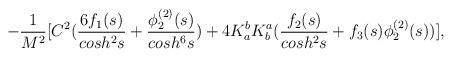
LaTeX: \begin{align*}\;\;\;\;\;\;- \frac{1}{M^2} [ C^2 (\frac{6 f_{1}(s)}{cosh^{2}s} + \frac{\phi^{(2)}_{2}(s)} {cosh^{6}s}) + 4 K^b_a K^a_b (\frac{f_{2}(s)}{cosh^{2}s} + f_{3}(s) \phi^{(2)}_{2}(s)) ],\end{align*}